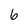
Character: 6